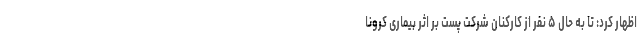
اظهار کرد: تا به حال ۵ نفر از کارکنان شرکت پست بر اثر بیماری کرونا